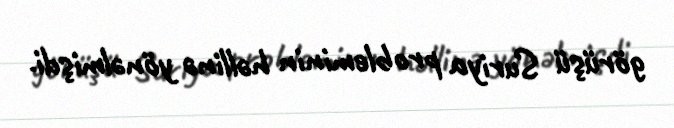
görüşü Suriya probleminin həllinə yönəlmişdi.